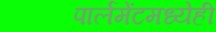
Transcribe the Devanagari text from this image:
पार्लमेंटमध्येही